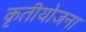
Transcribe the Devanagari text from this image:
कृतीयोजना